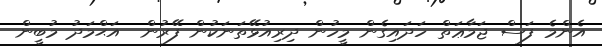
އެންމެ ފަސް ޖަމާޢަތް ހަދައިގެން މީހުން ދިރިއުޅޭތަނަކުން ފޭރުން  އަޙްމަދު މުބީން